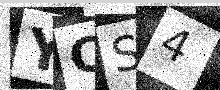
Text: YCS4